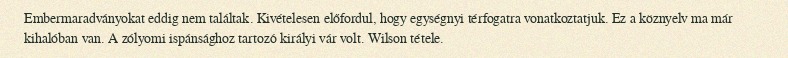
Embermaradványokat eddig nem találtak. Kivételesen előfordul, hogy egységnyi térfogatra vonatkoztatjuk. Ez a köznyelv ma már kihalóban van. A zólyomi ispánsághoz tartozó királyi vár volt. Wilson tétele.